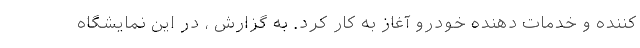
کننده و خدمات دهنده خودرو آغاز به کار کرد. به گزارش ، در این نمایشگاه